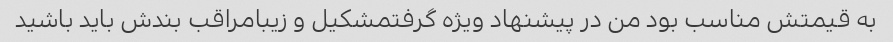
به قیمتش مناسب بود من در پیشنهاد ویژه گرفتمشکیل و زیبامراقب بندش باید باشید